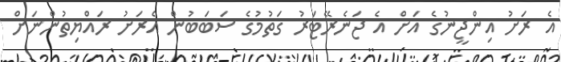
އެ ރަށު އިންޖީނުގެ އަށް އެ ޖަނެރޭޓަރު ގަތުމުގެ ސަބަބުން އެރަށު ރައްޔިތުންނަށް